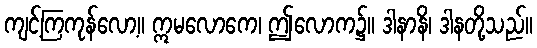
ကျင့်ကြကုန်လော့။ ဣမလောကေ၊ ဤလောက၌။ ဒါနာနိ၊ ဒါနတို့သည်။